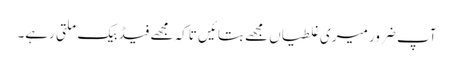
آپ ضرور میری غلطیاں مجھے بتائیں تاکہ مجھے فیڈ بیک ملتی رہے۔